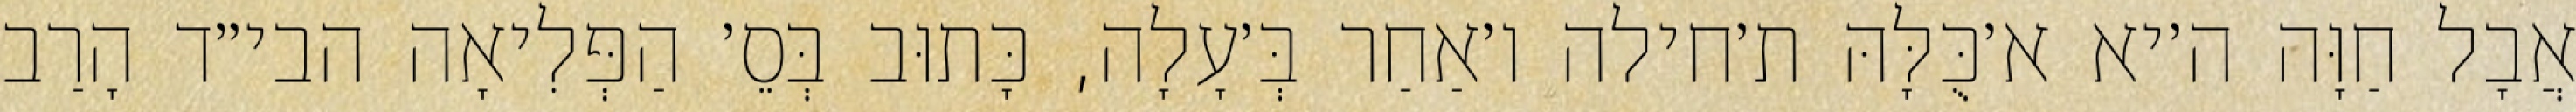
אֲבָל חַוָּה ה׳יא א׳כֻּלָּהּ ת׳חילה ו׳אַחַר בְּ׳עָלָה, כָּתוּב בְּסֵ׳ הַפְּלִיאָה הבי״ד הָרַב